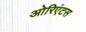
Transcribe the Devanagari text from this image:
ओरिएंटस